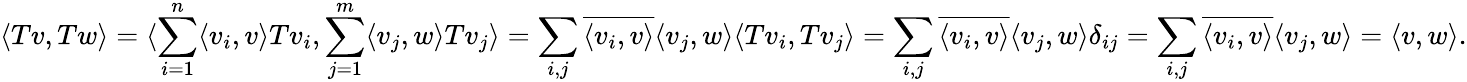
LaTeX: \langle Tv,Tw\rangle=\langle\sum_{i=1}^{n}\langle v_{i},v\rangle Tv_{i},\sum_{j=1}^{m}\langle v_{j},w\rangle Tv_{j}\rangle=\sum_{i,j}\overline{{\langle v_{i},v\rangle}}\langle v_{j},w\rangle\langle Tv_{i},Tv_{j}\rangle=\sum_{i,j}\overline{{\langle v_{i},v\rangle}}\langle v_{j},w\rangle\delta_{ij}=\sum_{i,j}\overline{{\langle v_{i},v\rangle}}\langle v_{j},w\rangle=\langle v,w\rangle.